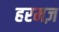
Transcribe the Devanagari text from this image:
हरमज़